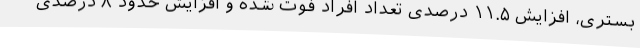
بستری، افزایش ۱۱.۵ درصدی تعداد افراد فوت شده و افزایش حدود ۸ درصدی